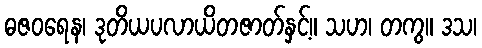
ဓဇဝရေန၊ ဒုတိယပလာယိတဇာတ်နှင့်။ သဟ၊ တကွ။ ဒသ၊